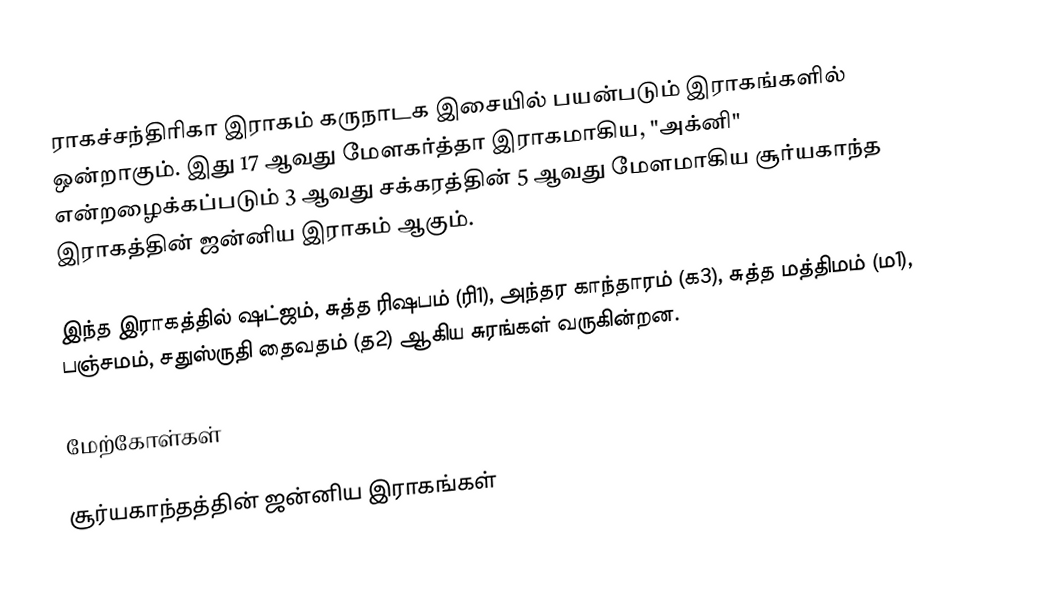
ராகச்சந்திரிகா இராகம் கருநாடக இசையில் பயன்படும் இராகங்களில் ஒன்றாகும். இது 17 ஆவது மேளகர்த்தா இராகமாகிய, "அக்னி" என்றழைக்கப்படும் 3 ஆவது சக்கரத்தின் 5 ஆவது மேளமாகிய சூர்யகாந்த இராகத்தின் ஜன்னிய இராகம் ஆகும்.

இந்த இராகத்தில் ஷட்ஜம், சுத்த ரிஷபம் (ரி1), அந்தர காந்தாரம் (க3), சுத்த மத்திமம் (ம1), பஞ்சமம், சதுஸ்ருதி தைவதம் (த2) ஆகிய சுரங்கள் வருகின்றன.

மேற்கோள்கள்

சூர்யகாந்தத்தின் ஜன்னிய இராகங்கள்